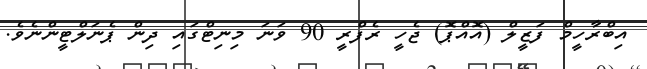
އިބްރާހީމް ފަޒީލް (އޮއްޕޮ) ޖެހީ ރެފްރީ 90 ވަނަ މިނިޓްގައި ދިން ޕެނަލްޓީންނެވެ.